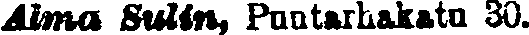
Alma Sulin, puutarhakatu 30.